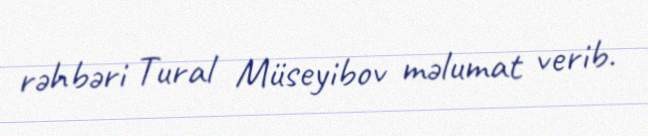
rəhbəri Tural Müseyibov məlumat verib.